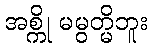
အစ္ကို မမွတ္မိဘူး